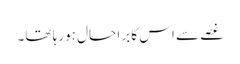
غصے سے اس کا برا حال ہورہا تھا۔